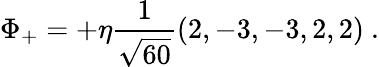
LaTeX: \Phi_{+}=+\eta{\frac{1}{\sqrt{60}}}(2,-3,-3,2,2)\ .